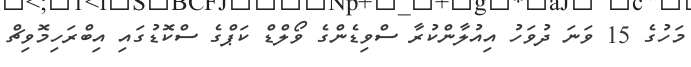
މަހުގެ 15 ވަނަ ދުވަހު އިއުލާންކުރާ ސްވިޑެންގެ ވޯލްޑް ކަޕްގެ ސްކޮޑުގައި އިބްރަހިމޮވިޗް